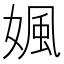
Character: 㜄